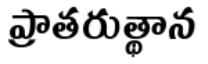
ప్రాతరుత్థాన